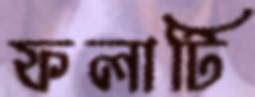
ফলাটি